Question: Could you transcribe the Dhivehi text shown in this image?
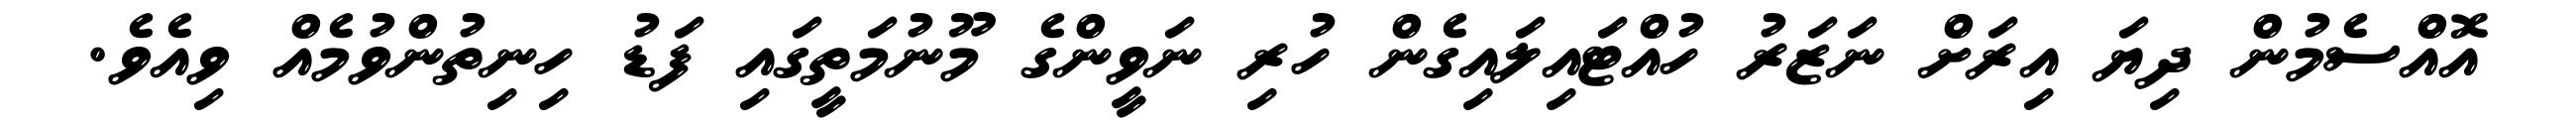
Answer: އޮއްސެމުން ދިޔަ އިރަށް ނަޒަރު ހުއްޓައިލައިގެން ހުރި ނަވީންގެ މޫނުމަތީގައި ފަޑު ހިނިތުންވުމެއް ވިއެވެ.